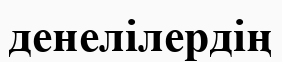
денелілердің